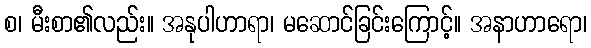
စ၊ မီးစာ၏လည်း။ အနုပါဟာရာ၊ မဆောင်ခြင်းကြောင့်။ အနာဟာရော၊